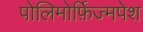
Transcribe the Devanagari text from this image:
पोलिमोर्फ़िज्मपेश